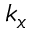
k _ { x }